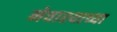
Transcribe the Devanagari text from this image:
नेवाश्याच्या